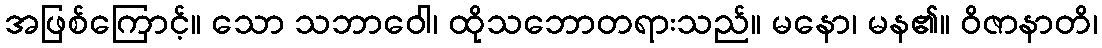
အဖြစ်ကြောင့်။ သော သဘာဝေါ၊ ထိုသဘောတရားသည်။ မနော၊ မန၏။ ဝိဇာနာတိ၊